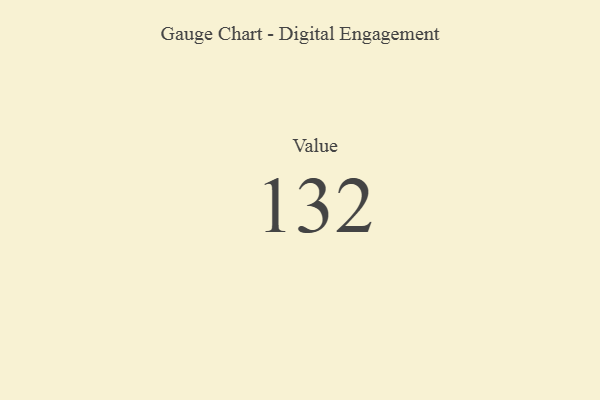
{"axis": {"x": "Metric", "y": "Value"}, "legend": [""], "data": [{"x": "Value", "y": 132, "type": ""}]}